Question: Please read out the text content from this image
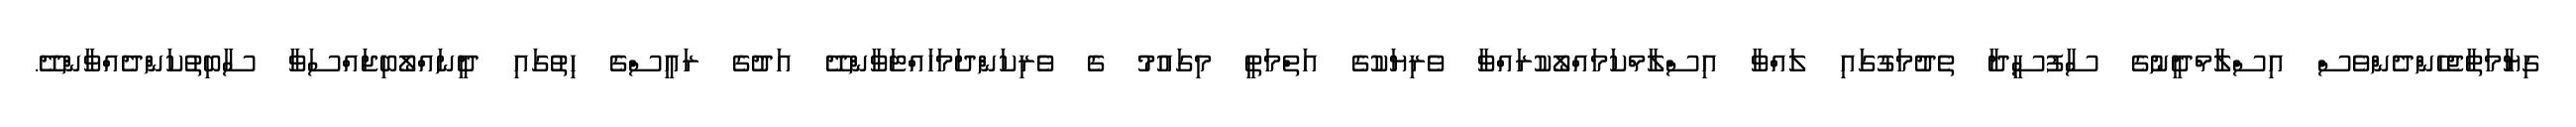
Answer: ގިޔާމަތާޖެހެންދެންވެސް އިސްލާމްދީނުގެ ސާފުސީދާ ތެދުމަގުގައި ލައްވާ އިސްލާމްކަމައްލޯކުރައްވާ ވެރިޔަކުގެ އަތްމަތީ މިގައުމު ގެ ވެރިކަންދަމަހައްޓަވާންދޭ އަދުގެ ރައީސްގެ ހިތުގައި ދީނައްލޯބިޖައްސަވާ ސާބިތުކަންދެއްވާންދޭ.